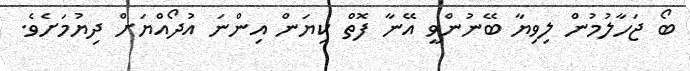
ބޯ ޖަހާލުމުން ލިވިޔާ ބޭނުންވީ އޭނާ ފޮތް ކިޔަން އިންނަ އުދޯއްޔަށް ދިޔުމަށެވެ.